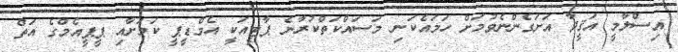
އިސްލާމީ އަޤީދާ އަށަގެންނެވުމަށް ހަމައެކަނި މަސައްކަތްކުރާނެ ޕާޓީއަކީ އެމްޑީޕީ ކަމަށާއި ޕީޕީއެމްގެ އަތް